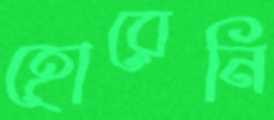
হোরেনি